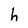
Character: h